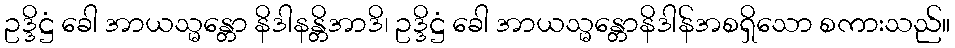
ဥဒ္ဒိဋ္ဌံ ခေါ အာယသ္မန္တော နိဒါနန္တိအာဒိ၊ ဥဒ္ဒိဋ္ဌံ ခေါ အာယသ္မန္တောနိဒါန်အစရှိသော စကားသည်။